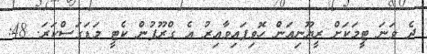
ދެ ވަނަ ޓީމަކަށް ރީޔޫނިއަން ހޮވިފައިވާއިރު އެ ގްރޫޕުން ކެޓީ މަޑަގަސްކަރަ. 48: